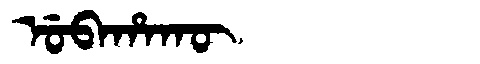
Manchu: ᡠᠪᠠᡥᠠᡴᡡ
Romanization: UBAHAKŪ